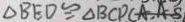
\Delta B E D \cong \Delta B C D ( A . A . S )